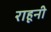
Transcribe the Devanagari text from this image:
राहूनी